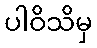
ပါဝိသိမှ